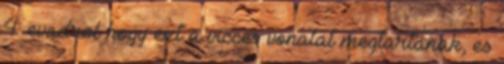
4. evadrol hogy ezt a vicces vonalat megtartanak, es